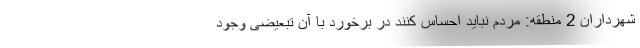
شهرداران 2 منطقه: مردم نباید احساس کنند در برخورد با آن تبعیضی وجود